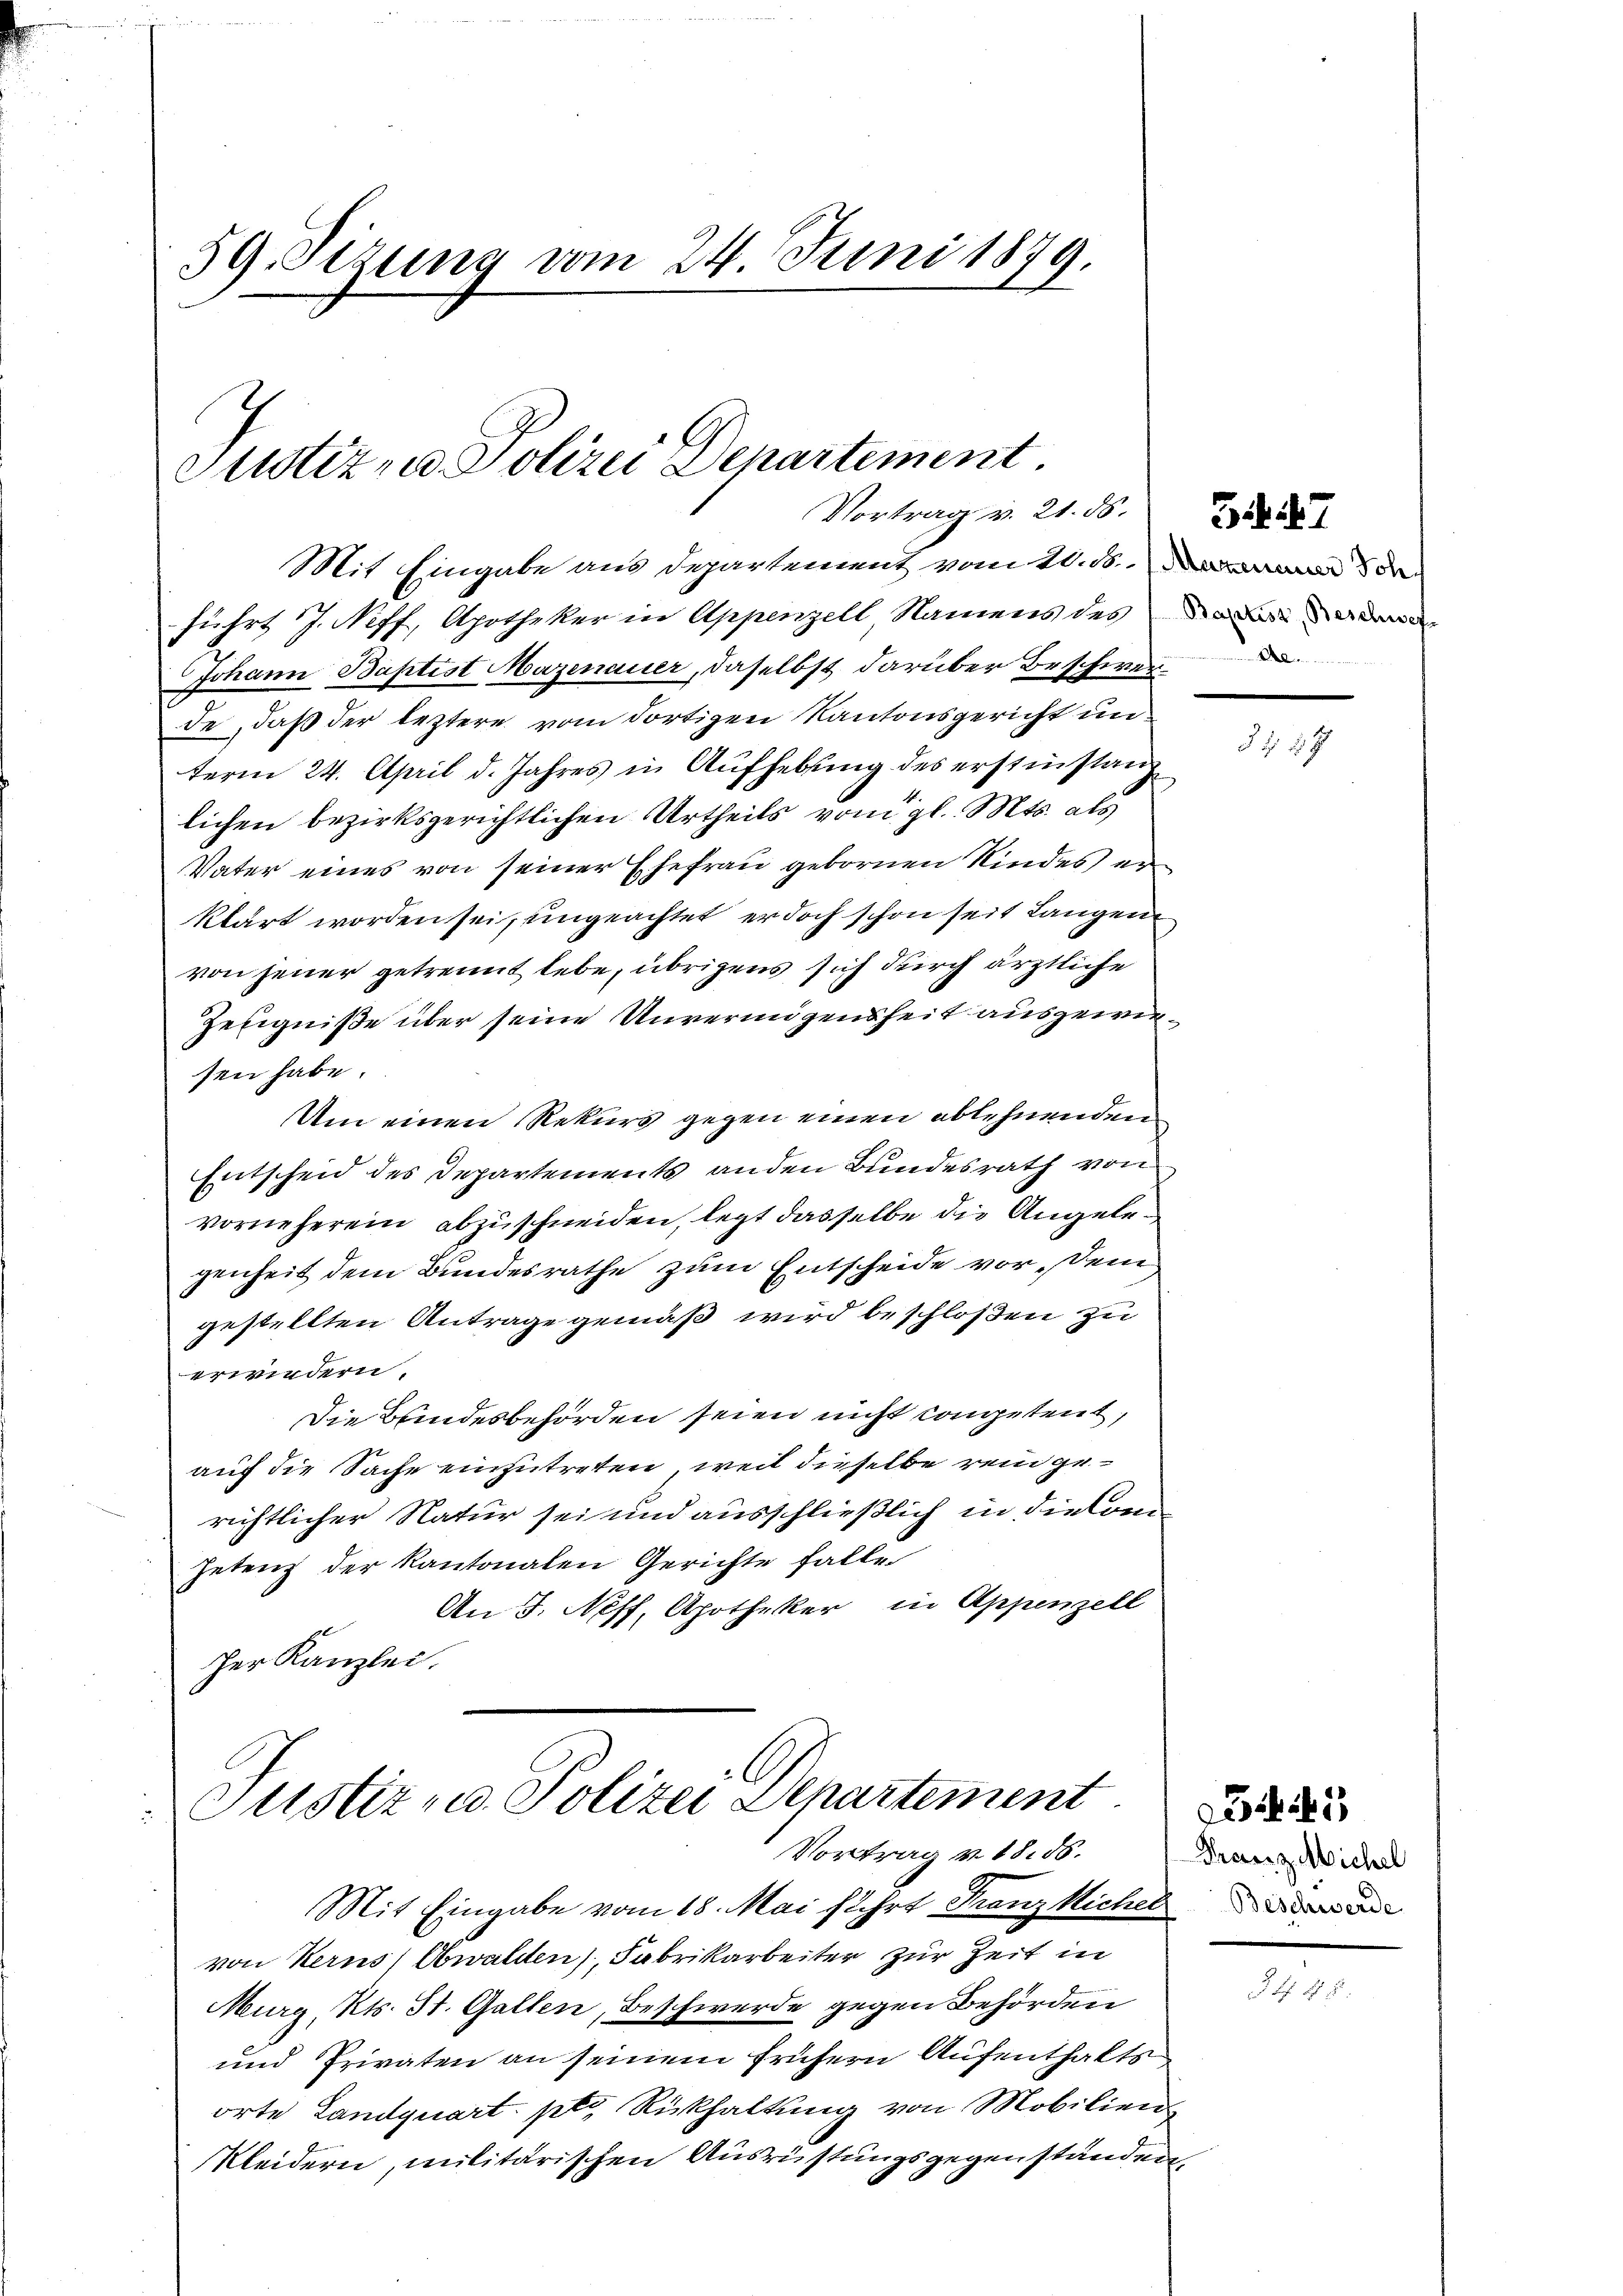
59. Sizung vom 24. Juni 1879.

Justiz, u. Polizei Departement.
Vortrag v. 21. ds.

Mit Eingabe aus Departement vom 20. ds.
führt J. Neff, Apotheker in Appenzell Namens des an
Johann Baptist Mazenauer, daselbst darüber Beschwerde, daß der leztere vom dortigen Kantonsgericht unterm 24. April d. Jahres in Aŭfhebung des erstinstanz
lichen bezirksgerichtlichen Urtheils vom gl. Mts. als
Vater eines von seiner Ehefrau gebornen Kindes er
klärt worden sei, ungeachtet, er doch schon seit Langen
von jener getrennt lebe, übrigens sich durch ärztliche
Zeugniße über seine Unvermögensheit ausgewersen habe.
Um einen Rekurs gegen einen ablehnenden
Entscheid des Departements anden Bundesrath von
vorneherein abzuschneiden, legt dasselbe die Angelegenheit dem Bundesrathe zum Entscheide vor. Dein
gestellten Antrage gemäß wird beschloßen zu
erwiedern.
Die Bundesbehörden seien nicht kompetent,
auf die Sache einzutreten, weil dieselbe rein gerichtlicher Natur sei und ausschließlich in die Com¬
Petenz der kantonalen Gerichte falle
An 5. Neff, Apotheker in Appenzell
her Kanzlei.

Justiz- u. Polizei Departement
Vortrag v. 18. 56.

Mit Eingabe vom 18. Mai flehrt Franz Kichel
von Kerns, Obwalden, Fabrikarbeiter zur Zeit in
Murg, Kts. St. Gallen, Beschwerde gegen Behörden
und Privaten an seinem frühern Aufenthalts
orte Landquart pto Rückhaltung von Mobilien
Kleidern, militärischen Ausrüstungsgegenständen,

.

7

1 24

1
Franz Michel

2 f 4 x